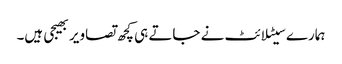
ہمارے سیٹلائٹ نے جاتے ہی کچھ تصاویر بھیجی ہیں۔